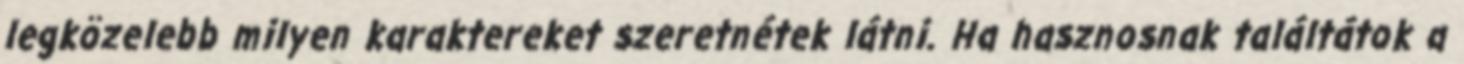
legközelebb milyen karaktereket szeretnétek látni. Ha hasznosnak találtátok a